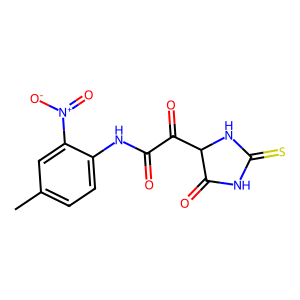
SMILES: Cc1ccc(NC(=O)C(=O)C2NC(=S)NC2=O)c([N+](=O)[O-])c1
Inhibits HIV replication: No